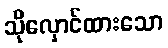
သိုလှောင်ထားသော